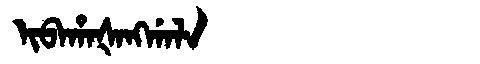
Manchu: ᡳᠪᠠᡥᠠᡧᠠᠩᡤᠠᠯᠠ
Romanization: IBAHAŠANGGALA